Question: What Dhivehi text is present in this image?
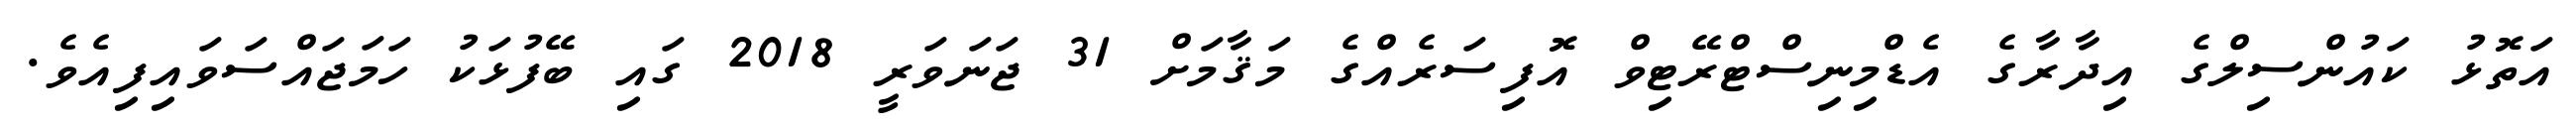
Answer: އަތޮޅު ކައުންސިލްގެ އިދާރާގެ އެޑްމިނިސްޓްރޭޓިވް އޮފިސަރެއްގެ މަޤާމަށް 31 ޖަނަވަރީ 2018 ގައި ބޭފުޅަކު ހަމަޖައްސަވައިފިއެވެ.